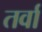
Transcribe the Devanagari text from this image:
तर्वा